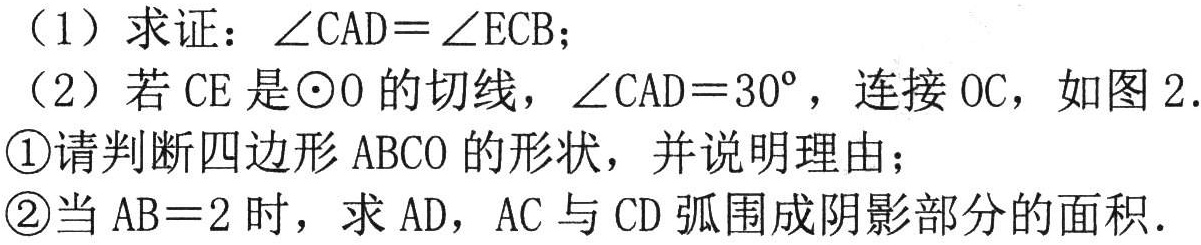
（1）求证：\(\angle CAD = \angle ECB\)；
（2）若\(CE\)是\(\odot O\)的切线，\(\angle CAD = 30^{\circ}\)，连接\(OC\)，如图2.
\textcircled{1}请判断四边形\(ABCO\)的形状，并说明理由；
\textcircled{2}当\(AB = 2\)时，求\(AD\)，\(AC\)与\(CD\)弧围成阴影部分的面积.